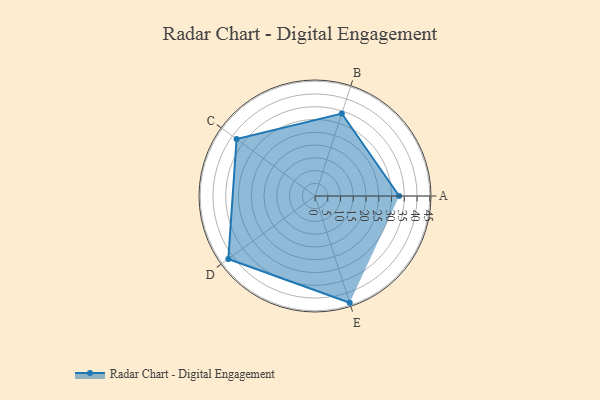
{"axis": {"x": "Skill", "y": "Score"}, "legend": ["Profile"], "data": [{"x": "A", "y": 33.0, "type": "Profile"}, {"x": "B", "y": 34.0, "type": "Profile"}, {"x": "C", "y": 38.0, "type": "Profile"}, {"x": "D", "y": 42.0, "type": "Profile"}, {"x": "E", "y": 44.0, "type": "Profile"}]}